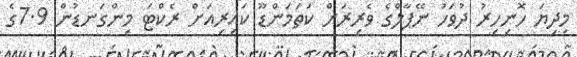
މިދިޔަ ހޮނިހިރު ދުވަހު ނޭޕާލްގެ ވެރިރަށް ކަތަމަންޑޫ ކައިރިއަށް ރެކްޓަ މިންގަނޑުން 7.9ގެ